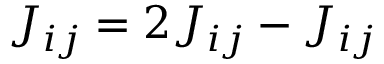
J _ { i j } = 2 J _ { i j } - J _ { i j }